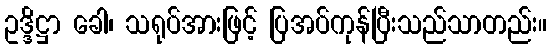
ဥဒ္ဒိဋ္ဌာ ခေါ၊ သရုပ်အားဖြင့် ပြအပ်ကုန်ပြီးသည်သာတည်း။